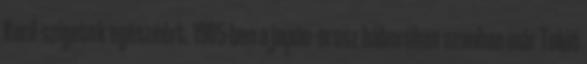
Kuril-szigetek egészéért. 1905-ben a japán–orosz háborúban azonban már Tokió